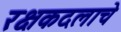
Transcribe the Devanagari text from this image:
रक्षकदलाचे